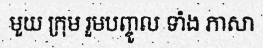
មួយ ក្រុម រួមបញ្ចូល ទាំង ភាសា